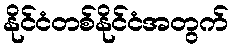
နိုင်ငံတစ်နိုင်ငံအတွက်